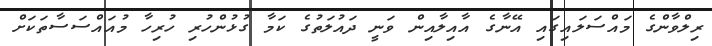
ރިލްވާންގެ މައްސަލައިގައި އޭނާގެ އާއިލާއިން ވަނީ ދައުލަތުގެ ކަމާ ގުޅުންހުރި ހުރިހާ މުއައްސަސާތަކަށް